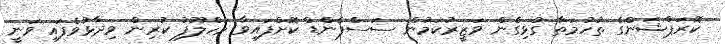
ކޮރަޕްޝަންގެ ތުހުމަތާ ގުޅިގެން ވަޒީރުކަމުން ސަސްޕެންޑް ކޮށްފައިވާ މަހްލޫފު ކުރިން ވިދާޅުވެފައި ވަނީ